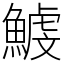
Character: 鰬